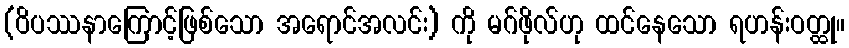
(ဝိပဿနာကြောင့်ဖြစ်သော အရောင်အလင်း) ကို မဂ်ဖိုလ်ဟု ထင်နေသော ရဟန်းဝတ္ထု။